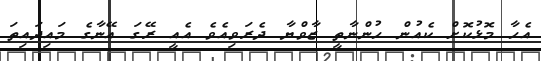
އެހާ މޮޅުކޮށް ކެއުން ހުންނާތީ ޒާވްޔާ ދެރަވިއެވެ އެއީ ރޭގަ އޭނާގެ މައިދައިތަ